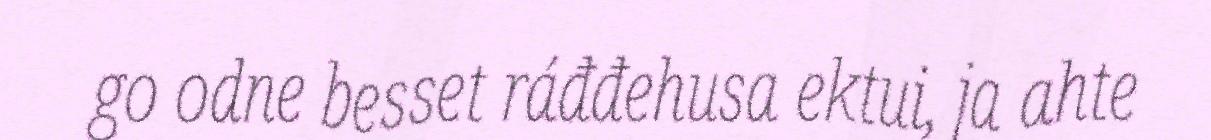
go odne besset ráđđehusa ektui, ja ahte